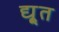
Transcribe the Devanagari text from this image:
द्यू्त